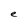
Character: e